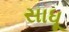
સાધૂ